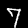
Label: 7